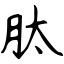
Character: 肽